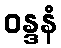
ဝန္ဒနံ